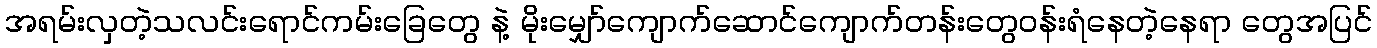
အရမ်းလှတဲ့သလင်းရောင်ကမ်းခြေတွေ နဲ့ မိုးမျှော်ကျောက်ဆောင်ကျောက်တန်းတွေဝန်းရံနေတဲ့နေရာ တွေအပြင်